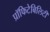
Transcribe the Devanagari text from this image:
प्रॉफिटेबिलिटी